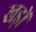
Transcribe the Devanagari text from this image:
खड़ों